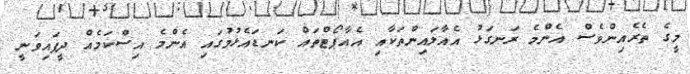
މީގެ ތެރެއިންވެސް އެންމެ ރަނގަޅު އެއާލައިންތަކާއި އެއާޕޯޓްތައް ކަނޑައެޅުމުގައި އެންމެ އިސްކަމެއް ދީފައިވަނީ